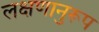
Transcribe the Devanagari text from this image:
लक्षणानुरूप